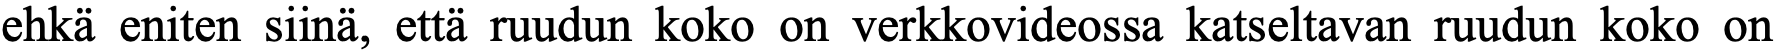
ehkä eniten siinä, että ruudun koko on verkkovideossa katseltavan ruudun koko on